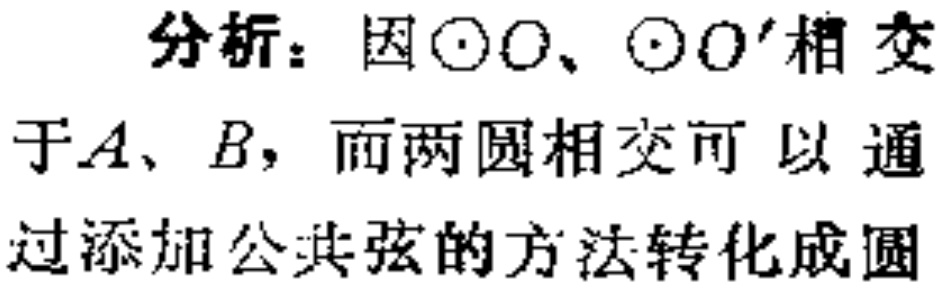
分析：因\(\odot O\)、\(\odot O'\)相交于\(A\)、\(B\)，而两圆相交可以通过添加公共弦的方法转化成圆